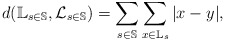
\begin{align*}d(\mathbb{L}_{s\in\mathbb{S}}, {\cal L}_{s\in\mathbb{S}})=\sum_{s\in\mathbb{S}} \sum_{x\in\mathbb{L}_s}{| x - y |},\end{align*}